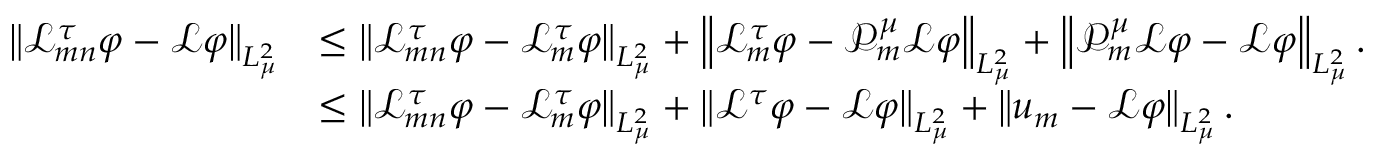
\begin{array} { r l } { \left\| \mathcal { L } _ { m n } ^ { \tau } \varphi - \mathcal { L } \varphi \right\| _ { L _ { \mu } ^ { 2 } } } & { \leq \left\| \mathcal { L } _ { m n } ^ { \tau } \varphi - \mathcal { L } _ { m } ^ { \tau } \varphi \right\| _ { L _ { \mu } ^ { 2 } } + \left\| \mathcal { L } _ { m } ^ { \tau } \varphi - \mathcal { P } _ { m } ^ { \mu } \mathcal { L } \varphi \right\| _ { L _ { \mu } ^ { 2 } } + \left\| \mathcal { P } _ { m } ^ { \mu } \mathcal { L } \varphi - \mathcal { L } \varphi \right\| _ { L _ { \mu } ^ { 2 } } . } \\ & { \leq \left\| \mathcal { L } _ { m n } ^ { \tau } \varphi - \mathcal { L } _ { m } ^ { \tau } \varphi \right\| _ { L _ { \mu } ^ { 2 } } + \left\| \mathcal { L } ^ { \tau } \varphi - \mathcal { L } \varphi \right\| _ { L _ { \mu } ^ { 2 } } + \left\| u _ { m } - \mathcal { L } \varphi \right\| _ { L _ { \mu } ^ { 2 } } . } \end{array}